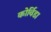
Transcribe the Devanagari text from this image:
कोर्विडा